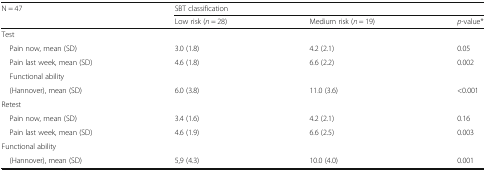
| N = 47 | <COLSPAN=3> SBT classification |
 |  | Low risk (n = 28) | Medium risk (n = 19) | p-value* |
 | --- | --- | --- | --- |
 | <COLSPAN=4> Test |
 | Pain now, mean (SD) | 3.0 (1.8) | 4.2 (2.1) | 0.05 |
 | Pain last week, mean (SD) | 4.6 (1.8) | 6.6 (2.2) | 0.002 |
 | <COLSPAN=4> Functional ability |
 | (Hannover), mean (SD) | 6.0 (3.8) | 11.0 (3.6) | <0.001 |
 | <COLSPAN=4> Retest |
 | Pain now, mean (SD) | 3.4 (1.6) | 4.2 (2.1) | 0.16 |
 | Pain last week, mean (SD) | 4.6 (1.9) | 6.6 (2.5) | 0.003 |
 | <COLSPAN=4> Functional ability |
 | (Hannover), mean (SD) | 5,9 (4.3) | 10.0 (4.0) | 0.001 |